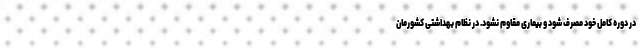
در دوره کامل خود مصرف شود و بیماری مقاوم نشود. در نظام بهداشتی کشورمان